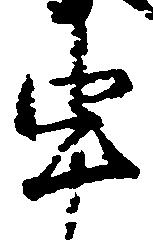
申